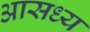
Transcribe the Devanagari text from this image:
आसध्य